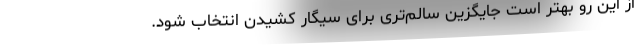
از این رو بهتر است جایگزین سالم‌تری برای سیگار کشیدن انتخاب شود.